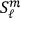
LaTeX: S _ { \ell } ^ { m }